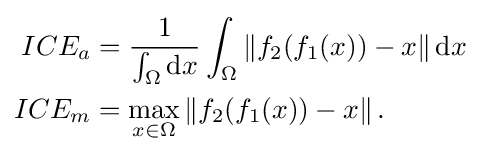
{\begin{aligned}ICE_{a}&={\frac {1}{\int _{\Omega }\mathrm {d} x}}\int _{\Omega }\left\Vert f_{2}(f_{1}(x))-x\right\Vert \mathrm {d} x\\ICE_{m}&=\max _{x\in \Omega }\left\Vert f_{2}(f_{1}(x))-x\right\Vert .\end{aligned}}